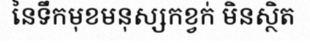
នៃទឹកមុខមនុស្សកខ្វក់ មិនស្ថិត